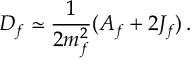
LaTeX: D _ { f } \simeq \frac { 1 } { 2 m _ { f } ^ { 2 } } ( A _ { f } + 2 { \cal J } _ { f } ) \, .